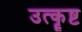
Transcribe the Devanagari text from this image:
उत्कॄष्ट